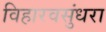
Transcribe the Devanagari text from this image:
विहारवसुंधरा